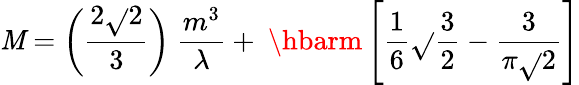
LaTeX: \mathit{M}=\left(\frac{{2\sqrt{}{{2}}}}{{3}}\right)~\frac{{m^{3}}}{{\lambda}}+~\hbarm\left[\frac{{1}}{{6}}\sqrt{}{{\frac{{3}}{{2}}}}-\frac{{3}}{{\pi\sqrt{}{{2}}}}\right]